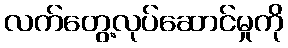
လက်တွေ့လုပ်ဆောင်မှုကို